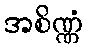
အစိဏ္ဏံ